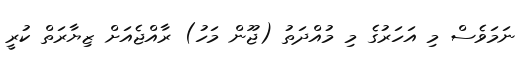
ނަމަވެސް މި އަހަރުގެ މި މުއްދަތު (ޖޫން މަހު) ރާއްޖެއަށް ޒިޔާރަތް ކުރީ